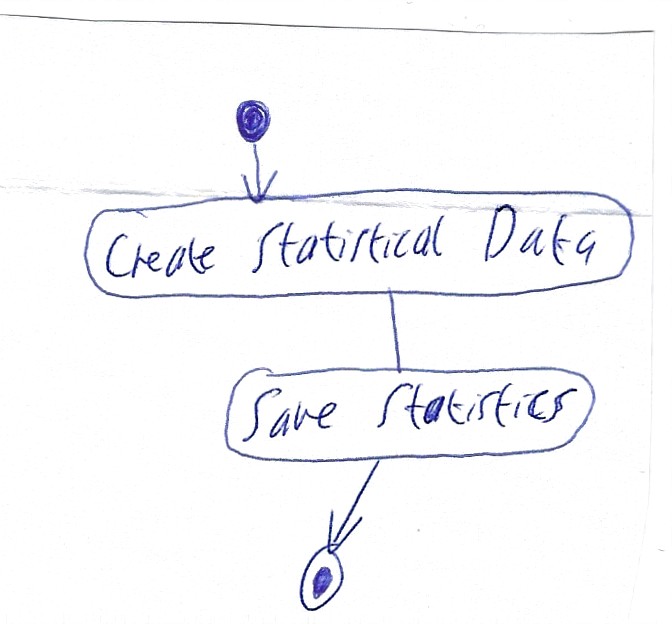
Diagram type: activity_diagram
```plantuml
@startuml

start

:Create Statistical Data;

:Save Statistics;

stop

@enduml
```